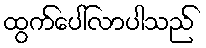
ထွက်ပေါ်လာပါသည်